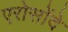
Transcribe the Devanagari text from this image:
एरोसोंदे